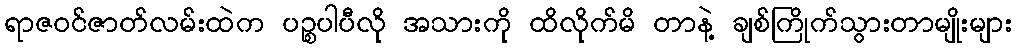
ရာဇဝင်ဇာတ်လမ်းထဲက ပဉ္စပါပီလို အသားကို ထိလိုက်မိ တာနဲ့ ချစ်ကြိုက်သွားတာမျိုးများ